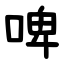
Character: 啤